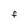
Character: f